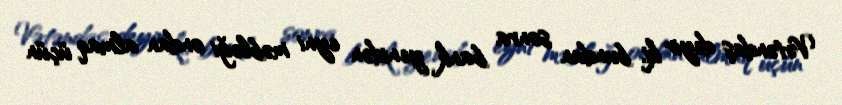
Vətəndaş deyir ki, bundan sonra bank yenidən eyni məbləği ondan almaq üçün